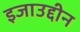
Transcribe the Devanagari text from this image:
इजाउद्दीन